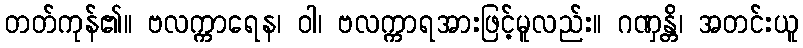
တတ်ကုန်၏။ ဗလက္ကာရေန၊ ဝါ၊ ဗလက္ကာရအားဖြင့်မူလည်း။ ဂဏှန္တိ၊ အတင်းယူ